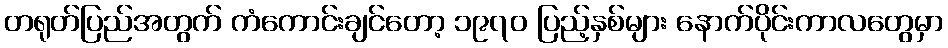
တရုတ်ပြည်အတွက် ကံကောင်းချင်တော့ ၁၉၇၀ ပြည့်နှစ်များ နောက်ပိုင်းကာလတွေမှာ